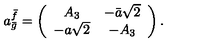
a _ { \bar { g } } ^ { \bar { f } } = \left( \begin{array} { c c } { A _ { 3 } } & { - \bar { a } \sqrt { 2 } } \\ { - a \sqrt { 2 } } & { - A _ { 3 } } \\ \end{array} \right) .